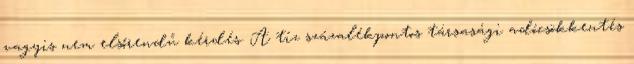
vagyis nem elsőrendű kérdés. A tíz százalékpontos társasági adócsökkentés